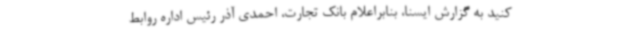
کنید به گزارش ایسنا، بنابراعلام بانک تجارت، احمدی آذر رئیس اداره روابط